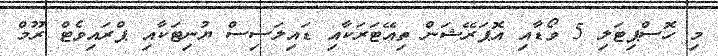
މި ހޮސްޕިޓަލި 5 ވޯޑާއި އޮޕަރޭޝަން ތިއޭޓަރަކާއި ޑައިލަސިސް ޔުނިޓަކާއި ޕްރައިވެޓް ރޫމް